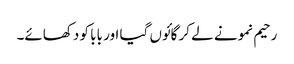
رحیم نمونے لے کر گائوں گیا اور بابا کو دکھائے۔